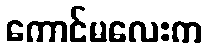
ကောင်မလေးက